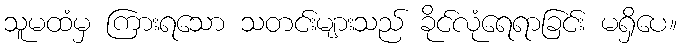
သူမထံမှ ကြားရသော သတင်းများသည် ခိုင်လုံရေရာခြင်း မရှိပေ။